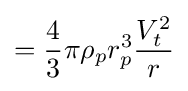
={\frac {4}{3}}\pi \rho _{p}r_{p}^{3}{\frac {V_{t}^{2}}{r}}